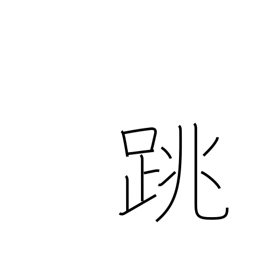
Meaning: leap up